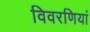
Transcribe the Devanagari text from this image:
विवरणियां